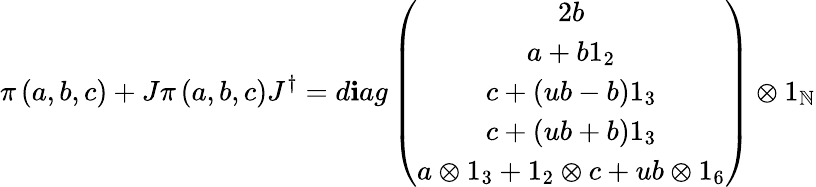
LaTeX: \pi\left(a,b,c\right)+J\pi\left(a,b,c\right)J^{\dagger}=d\mathbf{i}ag\left(\begin{array}{c}{{2b}}\\ {{a+b1_{2}}}\\ {{c+\left(ub-b\right)1_{3}}}\\ {{c+\left(ub+b\right)1_{3}}}\\ {{a\otimes 1_{3}+1_{2}\otimes c+ub\otimes 1_{6}}}\end{array}\right)\otimes1_{\mathbb{N}}